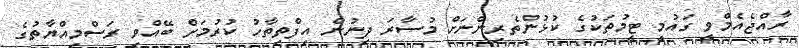
ރާއްޖެއެމްވީ ގައުމީ ޓީމުތަކުގެ ކުޅުންތެރިންނަށް މުސާރަ ދިނުން އިފްތިތާހު ކުރުމަށް ބޭއްވި ރަސްމިއްޔާތުގެ